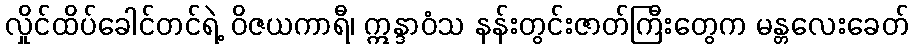
လှိုင်ထိပ်ခေါင်တင်ရဲ့ ဝိဇယကာရီ၊ ဣန္ဒာဝံသ နန်းတွင်းဇာတ်ကြီးတွေက မန္တလေးခေတ်